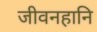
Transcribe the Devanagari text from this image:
जीवनहानि